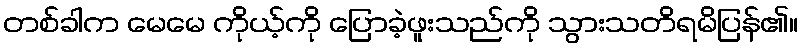
တစ်ခါက မေမေ ကိုယ့်ကို ပြောခဲ့ဖူးသည်ကို သွားသတိရမိပြန်၏။